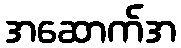
အဆောက်အ